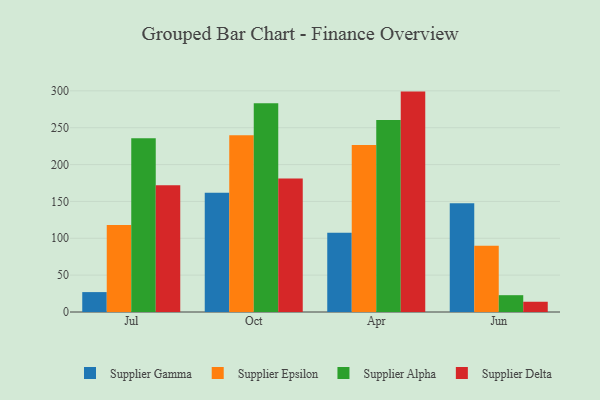
{"axis": {"x": "Month", "y": "Churn Rate (%)"}, "legend": ["Supplier Alpha", "Supplier Delta", "Supplier Epsilon", "Supplier Gamma"], "data": [{"x": "Jul", "y": 27.0, "type": "Supplier Gamma"}, {"x": "Jul", "y": 118.1, "type": "Supplier Epsilon"}, {"x": "Jul", "y": 235.8, "type": "Supplier Alpha"}, {"x": "Jul", "y": 172.0, "type": "Supplier Delta"}, {"x": "Oct", "y": 161.9, "type": "Supplier Gamma"}, {"x": "Oct", "y": 239.8, "type": "Supplier Epsilon"}, {"x": "Oct", "y": 283.3, "type": "Supplier Alpha"}, {"x": "Oct", "y": 181.1, "type": "Supplier Delta"}, {"x": "Apr", "y": 107.5, "type": "Supplier Gamma"}, {"x": "Apr", "y": 226.6, "type": "Supplier Epsilon"}, {"x": "Apr", "y": 260.5, "type": "Supplier Alpha"}, {"x": "Apr", "y": 299.0, "type": "Supplier Delta"}, {"x": "Jun", "y": 147.5, "type": "Supplier Gamma"}, {"x": "Jun", "y": 90.0, "type": "Supplier Epsilon"}, {"x": "Jun", "y": 22.8, "type": "Supplier Alpha"}, {"x": "Jun", "y": 13.9, "type": "Supplier Delta"}]}